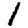
Digit: 1